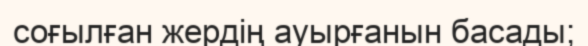
соғылған жердің ауырғанын басады;